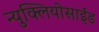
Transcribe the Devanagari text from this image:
न्युक्लियोसाईड